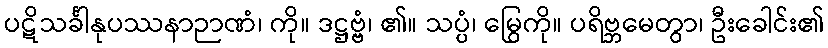
ပဋိသင်္ခါနုပဿနာဉာဏံ၊ ကို။ ဒဋ္ဌဗ္ဗံ၊ ၏။ သပ္ပံ၊ မြွေကို။ ပရိဗ္ဘမေတွာ၊ ဦးခေါင်း၏